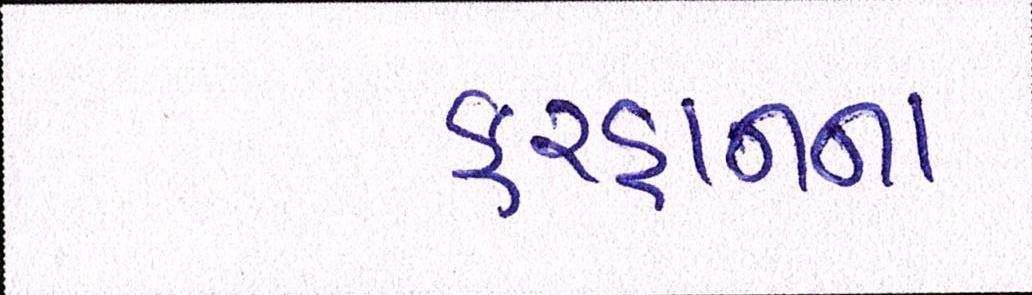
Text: ફરહાનના